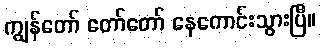
ကျွန်တော် တော်တော် နေကောင်းသွားပြီ။